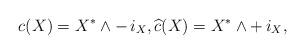
LaTeX: \begin{align*}\begin{aligned}c(X)=X^{*}\wedge- \, i_{X}, \widehat{c}(X)=X^{*}\wedge+\, i_{X},\end{aligned}\end{align*}